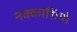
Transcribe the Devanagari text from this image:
नक्‍काशियो